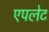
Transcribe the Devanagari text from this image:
एपलेट